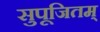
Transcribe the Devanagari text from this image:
सुपूजितम्